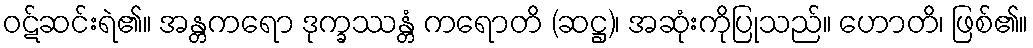
ဝဋ်ဆင်းရဲ၏။ အန္တကရော ဒုက္ခဿန္တံ ကရောတိ (ဆဋ္ဌ)၊ အဆုံးကိုပြုသည်။ ဟောတိ၊ ဖြစ်၏။